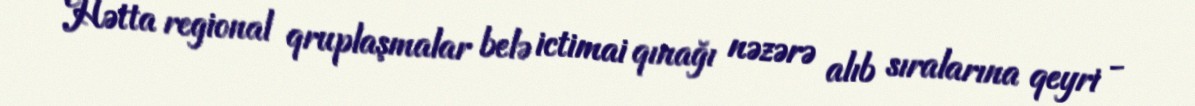
Hətta regional qruplaşmalar belə ictimai qınağı nəzərə alıb sıralarına qeyri -